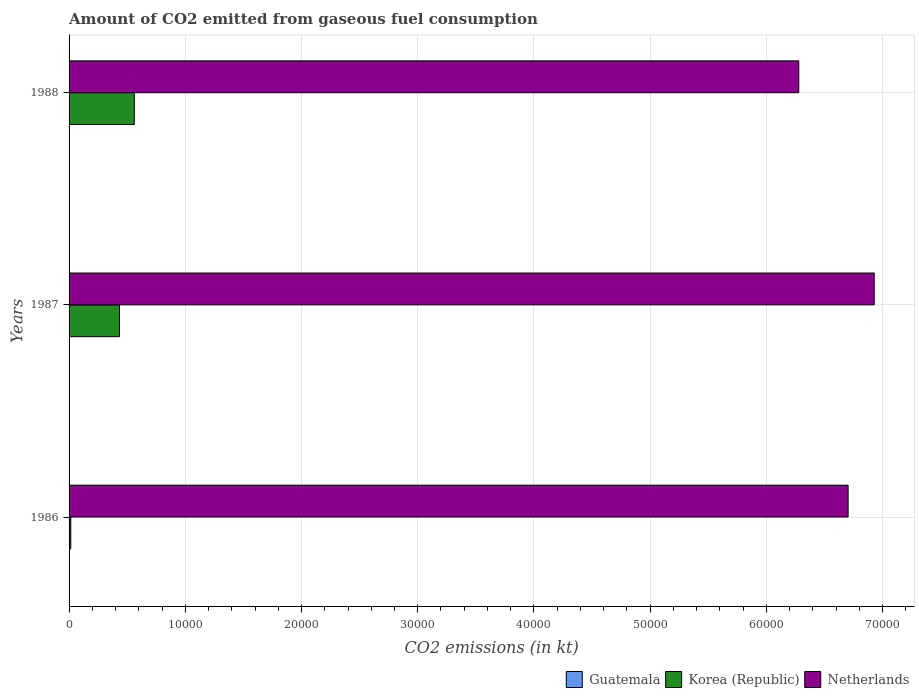
| Years | Guatemala | Korea (Republic) | Netherlands |
 | --- | --- | --- | --- |
 | 1986 | 22 | 147 | 6.7e+04 |
 | 1987 | 36.7 | 4.34e+03 | 6.93e+04 |
 | 1988 | 25.7 | 5.61e+03 | 6.28e+04 |